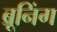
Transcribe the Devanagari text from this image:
ब्रूनिंग